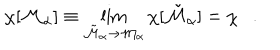
LaTeX: \chi [ { \cal M } _ { \alpha } ] \equiv \lim _ { { \tilde { \cal M } } _ { \alpha } \rightarrow { \cal M } _ { \alpha } } \chi [ { \tilde { \cal M } } _ { \alpha } ] = \chi .